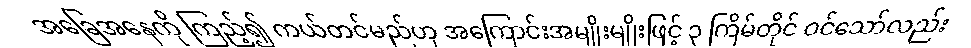
အခြေအနေကို ကြည့်၍ ကယ်တင်မည်ဟု အကြောင်းအမျိုးမျိုးဖြင့် ၃ ကြိမ်တိုင် ဝင်သော်လည်း